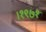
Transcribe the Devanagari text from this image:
।१९७१